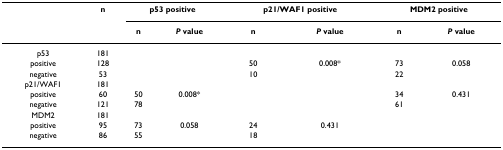
<table><thead><tr><td></td><td><b>n</b></td><td colspan="2"><b>p53 positive</b></td><td colspan="2"><b>p21/WAF1 positive</b></td><td colspan="2"><b>MDM2 positive</b></td></tr><tr><td></td><td></td><td><b>n</b></td><td><b><i>P </i>value</b></td><td><b>n</b></td><td><b><i>P </i>value</b></td><td><b>n</b></td><td><b><i>P </i>value</b></td></tr></thead><tbody><tr><td>p53</td><td>181</td><td></td><td></td><td></td><td></td><td></td><td></td></tr><tr><td>positive</td><td>128</td><td></td><td></td><td>50</td><td>0.008*</td><td>73</td><td>0.058</td></tr><tr><td>negative</td><td>53</td><td></td><td></td><td>10</td><td></td><td>22</td><td></td></tr><tr><td>p21/WAF1</td><td>181</td><td></td><td></td><td></td><td></td><td></td><td></td></tr><tr><td>positive</td><td>60</td><td>50</td><td>0.008*</td><td></td><td></td><td>34</td><td>0.431</td></tr><tr><td>negative</td><td>121</td><td>78</td><td></td><td></td><td></td><td>61</td><td></td></tr><tr><td>MDM2</td><td>181</td><td></td><td></td><td></td><td></td><td></td><td></td></tr><tr><td>positive</td><td>95</td><td>73</td><td>0.058</td><td>24</td><td>0.431</td><td></td><td></td></tr><tr><td>negative</td><td>86</td><td>55</td><td></td><td>18</td><td></td><td></td><td></td></tr></tbody></table>